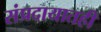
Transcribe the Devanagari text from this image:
संप्रदायातही